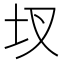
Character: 𮰚